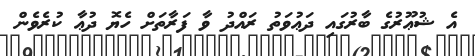
އެ ޝުޢޫރުގެ ބާރުގައި ދަޢުވަތު ރައްދު ވާ ފަރާތަށް ހެޔޮ ދުޢާ ކުރެވެން